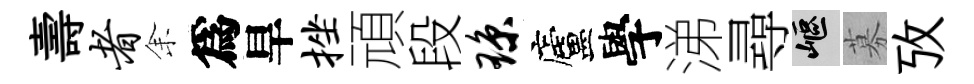
壽者𪜬爲旱挫頑段琼廬學涕尋嶇募攷